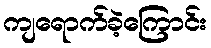
ကျရောက်ခဲ့ကြောင်း